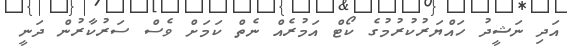
އަދި ނަޝީދު ހައްޔަރުކުރުމުގެ ކޯޓް އަމުރެއް ނެތް ކަމަށް ވެސް ސަރުކާރުން ދަނީ